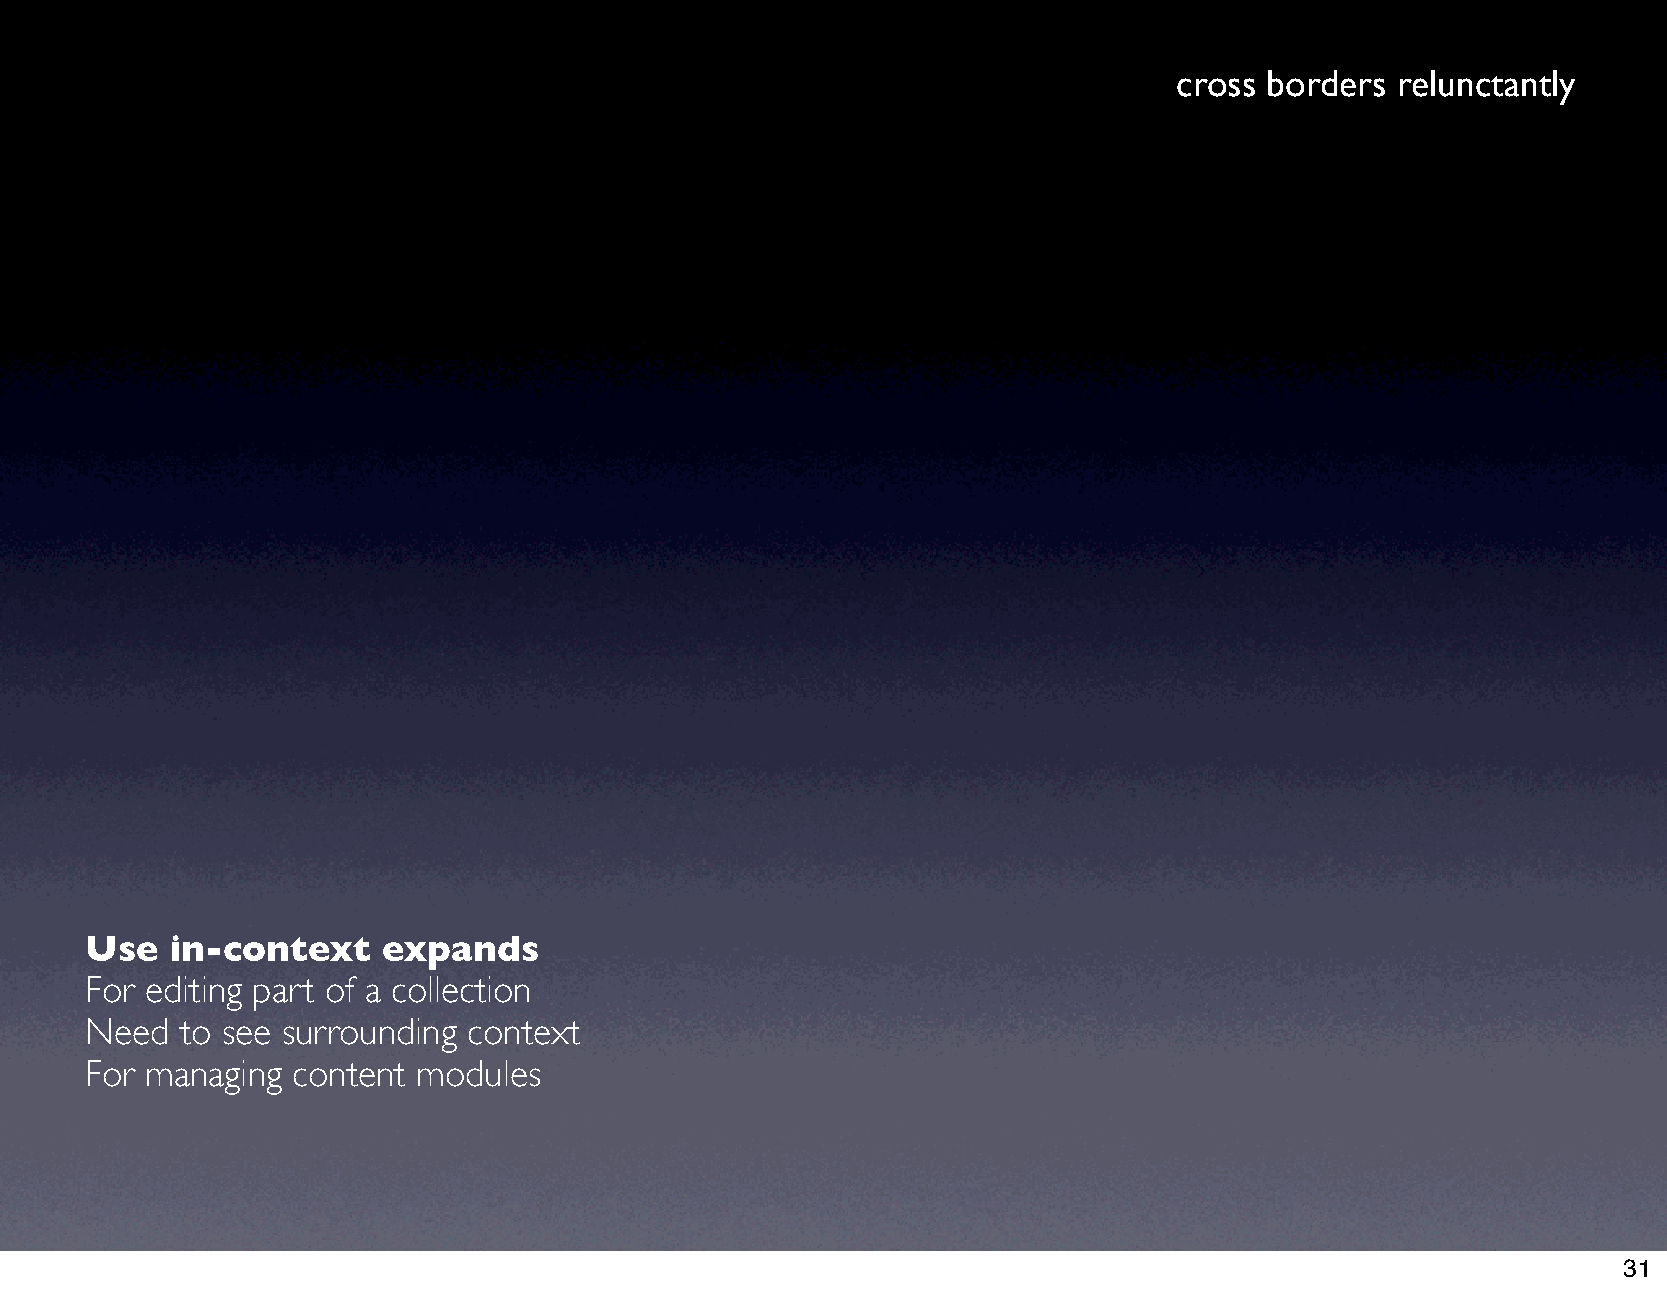
cross borders relunctantly
 Use  in-context    expands
 For editing part of a collection
 Need  to see surrounding context
 For managing content  modules
 31